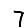
Digit: 7